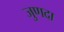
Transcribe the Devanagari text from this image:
जुणदा